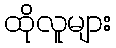
ထိုလူများ